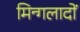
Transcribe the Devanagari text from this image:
मिन्गलादों